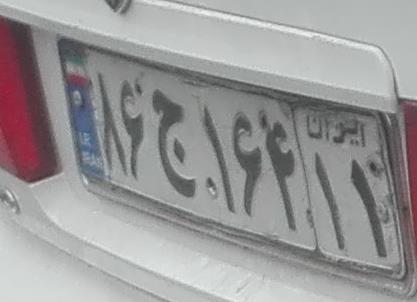
۸۶ج۱۶۴۱۱